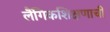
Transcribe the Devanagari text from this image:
लैंगिकशिक्षणाची